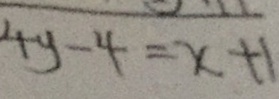
4 y - 4 = x + 1